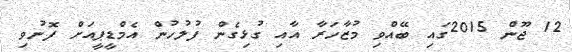
12 ޖޫން 2015ގައި ބޭއްވި މުޒާހަރާ އާއި ގުޅިގެން ފުލުހުން އެމްޑީޕީއަށް ފޮނުވި